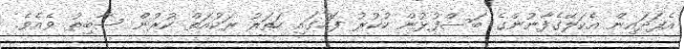
އެފަދައިން އެކަލޭގެފާނުންގެ ބަސްފުޅުން ހުކުރު ފަހުގައި ހަތަރު ރަކުއަތް ކުރުން ސާބިތު ވެއެވެ.